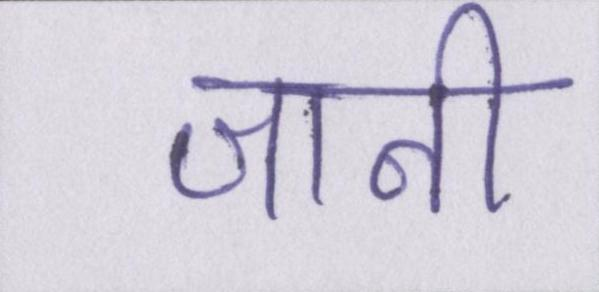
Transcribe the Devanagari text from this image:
जानी